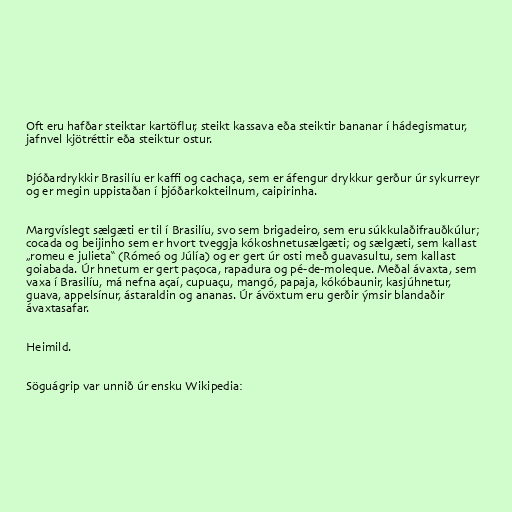
Oft eru hafðar steiktar kartöflur, steikt kassava eða steiktir bananar í hádegismatur,
jafnvel kjötréttir eða steiktur ostur.

Þjóðardrykkir Brasilíu er kaffi og cachaça, sem er áfengur drykkur gerður úr sykurreyr
og er megin uppistaðan í þjóðarkokteilnum, caipirinha.

Margvíslegt sælgæti er til í Brasilíu, svo sem brigadeiro, sem eru súkkulaðifrauðkúlur;
cocada og beijinho sem er hvort tveggja kókoshnetusælgæti; og sælgæti, sem kallast
„romeu e julieta“ (Rómeó og Júlía) og er gert úr osti með guavasultu, sem kallast
goiabada. Úr hnetum er gert paçoca, rapadura og pé-de-moleque. Meðal ávaxta, sem
vaxa í Brasilíu, má nefna açaí, cupuaçu, mangó, papaja, kókóbaunir, kasjúhnetur,
guava, appelsínur, ástaraldin og ananas. Úr ávöxtum eru gerðir ýmsir blandaðir
ávaxtasafar.

Heimild.

Söguágrip var unnið úr ensku Wikipedia: